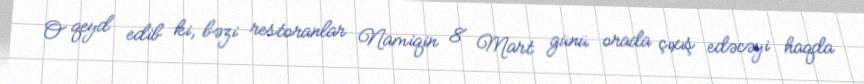
O qeyd edib ki, bəzi restoranlar Namiqin 8 Mart günü orada çıxış edəcəyi haqda